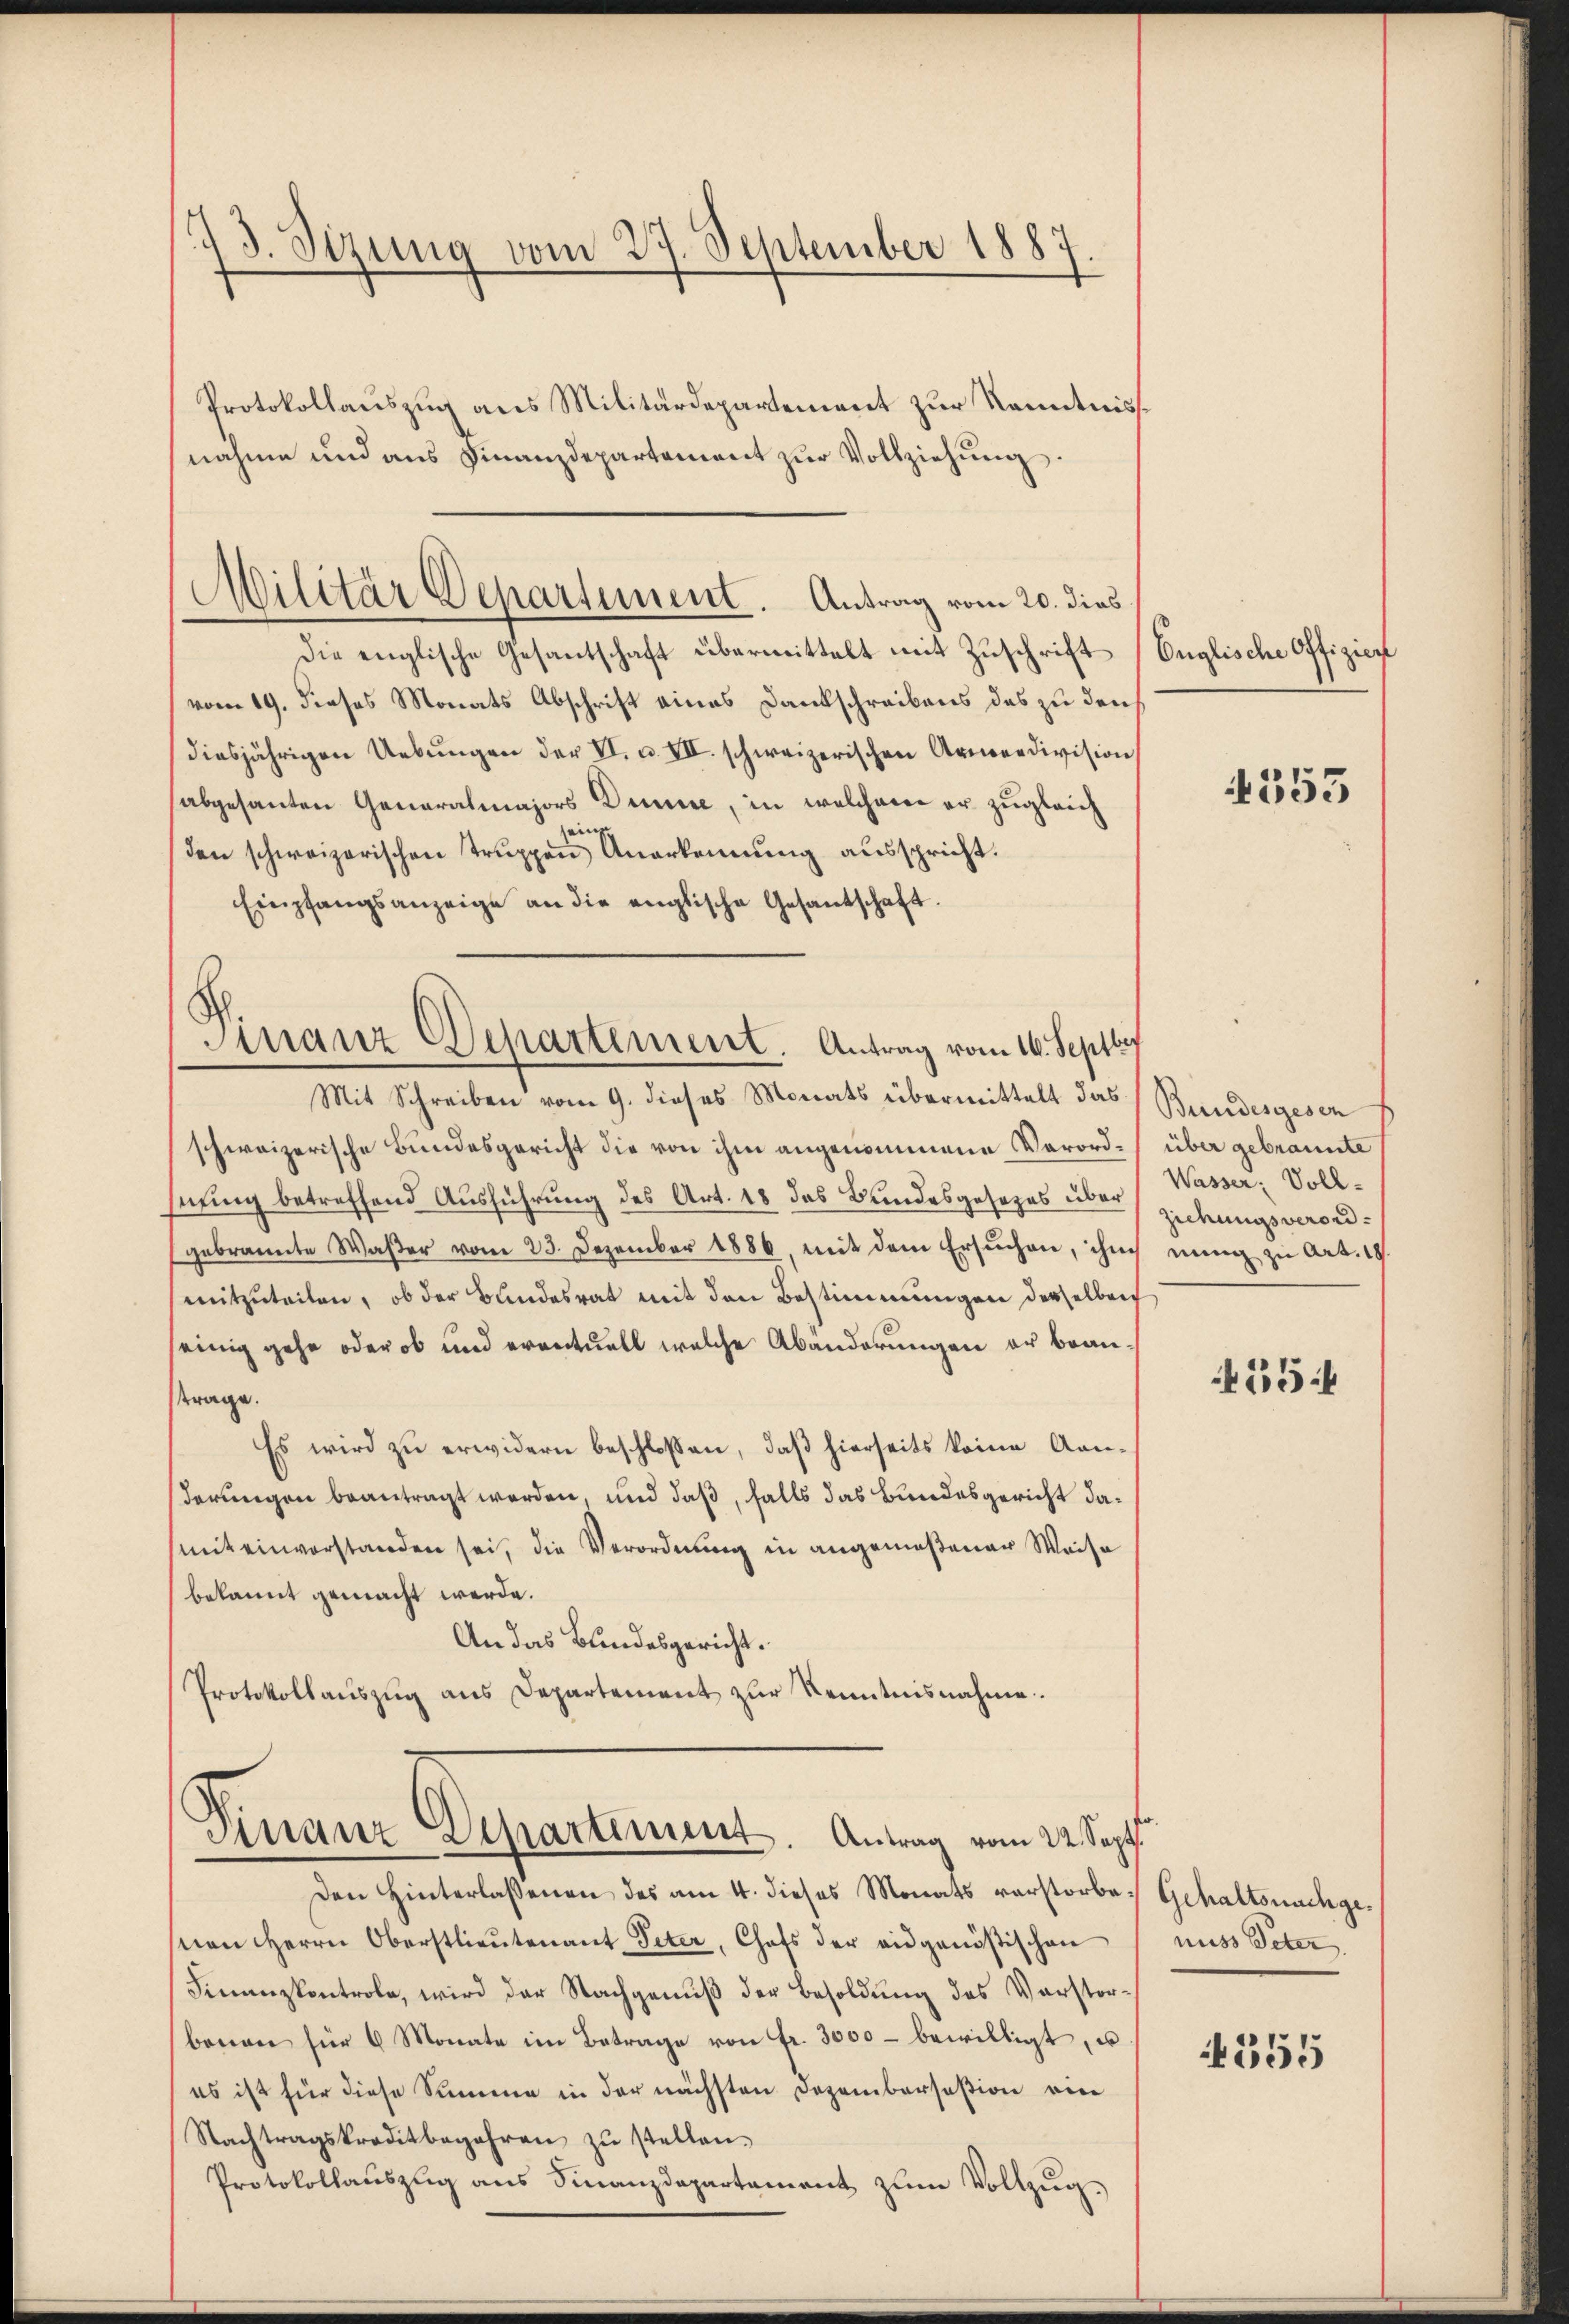
73. Sizung vom 27. September 1887.
Protokollauszug aus Militärdepartement zur Kenntnisse
nahme und ans Finanzdepartement zŭr Vollziehung.

Die englische Gesantschaft übermittelt mit Zuschrift
vom 19. dieses Monats Abschrift eines Dankschreibens das zu den
diesjährigen Uebŭngen der VI. u. VII. schweizerischen Armeedivision
abgesanten Generalmajors Dame, in welchem er zugleich
jeing
den schweizerischen Truppen Anerkennung ausspricht.
Empfangsanzeige an die englische Gesandschaft.

Militär Departement. Antrag vom 20. dies

schweizerische Bundesgericht die von ihm angenommene Verordhnung betreffend Ausführung des Art. 18 das Bundesgesezes überziehungsverordgebrannte Waßer vom 23. Dezember 1886, mit dem Ersuchen, ihm
mitzuteilen, ob der Bundesrat mit den Bestimmungen derselben
seinig gehe oder ob und eventuell welche Abänderungen er beanttrage.
Es wird zu erwidern beschlossen, daß hierseits keine Anderungen beantragt werden, und daß, falls das Bundesgericht damit einverstanden sei, die Verordnung in angemeßener Weise
bekannt gemacht werde.
An das Bundesgericht.
Protokollaŭszŭg ans Departement zur Kenntnisnahme.

Finanz Departement. Antrag vom 16. Septbr
Mit Schreiben vom 9. dieses Monats übermittelt das Bundesgesen

Distanz Separtinum. Antrag vom 22. Sept.

Den Hinterlassenen des am 4. dieses Monats verstorbe. Gehaltsnachgevon Herrn Oberstlieutenant Peter, Chefs der eidgenößischen
Finanzkontrole, wird der Nachgenuß der Besoldung des Vorstor¬
(benen für 6 Monate im Betrage von fr. 3000 - bewilligt, u
es ist für diese Summe in der nächsten Dezembersasion ein
Nachtragskreditbegehren zŭ stellen.
Protokollauszug aus Finanzdepartement zum Vollzug.

Englische Offizier

553

über gebraunte
Wasser Voll-
nung zu Art. 18.

5

nuss Peter

4555